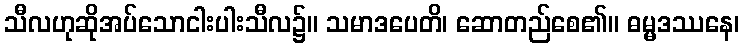
သီလဟုဆိုအပ်သောငါးပါးသီလ၌။ သမာဒပေတိ၊ ဆောတည်စေ၏။ ဓမ္မဒဿနေ၊